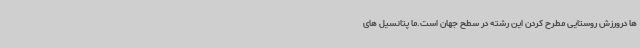
ها درورزش روستایی مطرح کردن این رشته در سطح جهان است.ما پتانسیل های